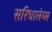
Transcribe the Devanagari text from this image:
सरिधालेय्स